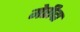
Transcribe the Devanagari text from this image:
मेरीदा